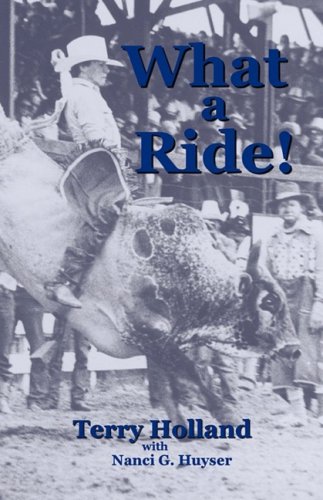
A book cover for What a Ride!; Terry Holland; Sports & Outdoors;